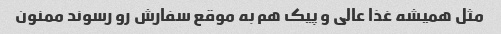
مثل همیشه غذا عالی و پیک هم به موقع سفارش رو رسوند ممنون